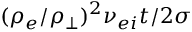
( \rho _ { e } / \rho _ { \perp } ) ^ { 2 } \nu _ { e i } t / 2 \sigma